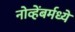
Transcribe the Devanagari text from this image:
नोव्हेंबर्मध्ये